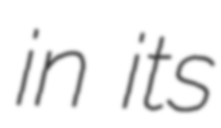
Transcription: in its